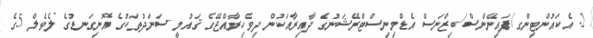
2. އެކައުންޓިންގ/ފައިނޭންސް/ބިޒްނަސް އެޑްމިނިސްޓްރޭޝަނުގެ ދާއިރާއަކުން ދިވެހިރާއްޖޭގެ ޤައުމީ ސަނަދުތަކުގެ އޮނިގަނޑުގެ ލެވެލް 5ގެ